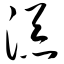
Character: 添